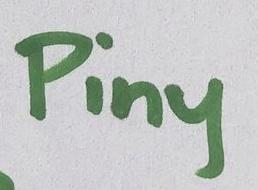
Piny